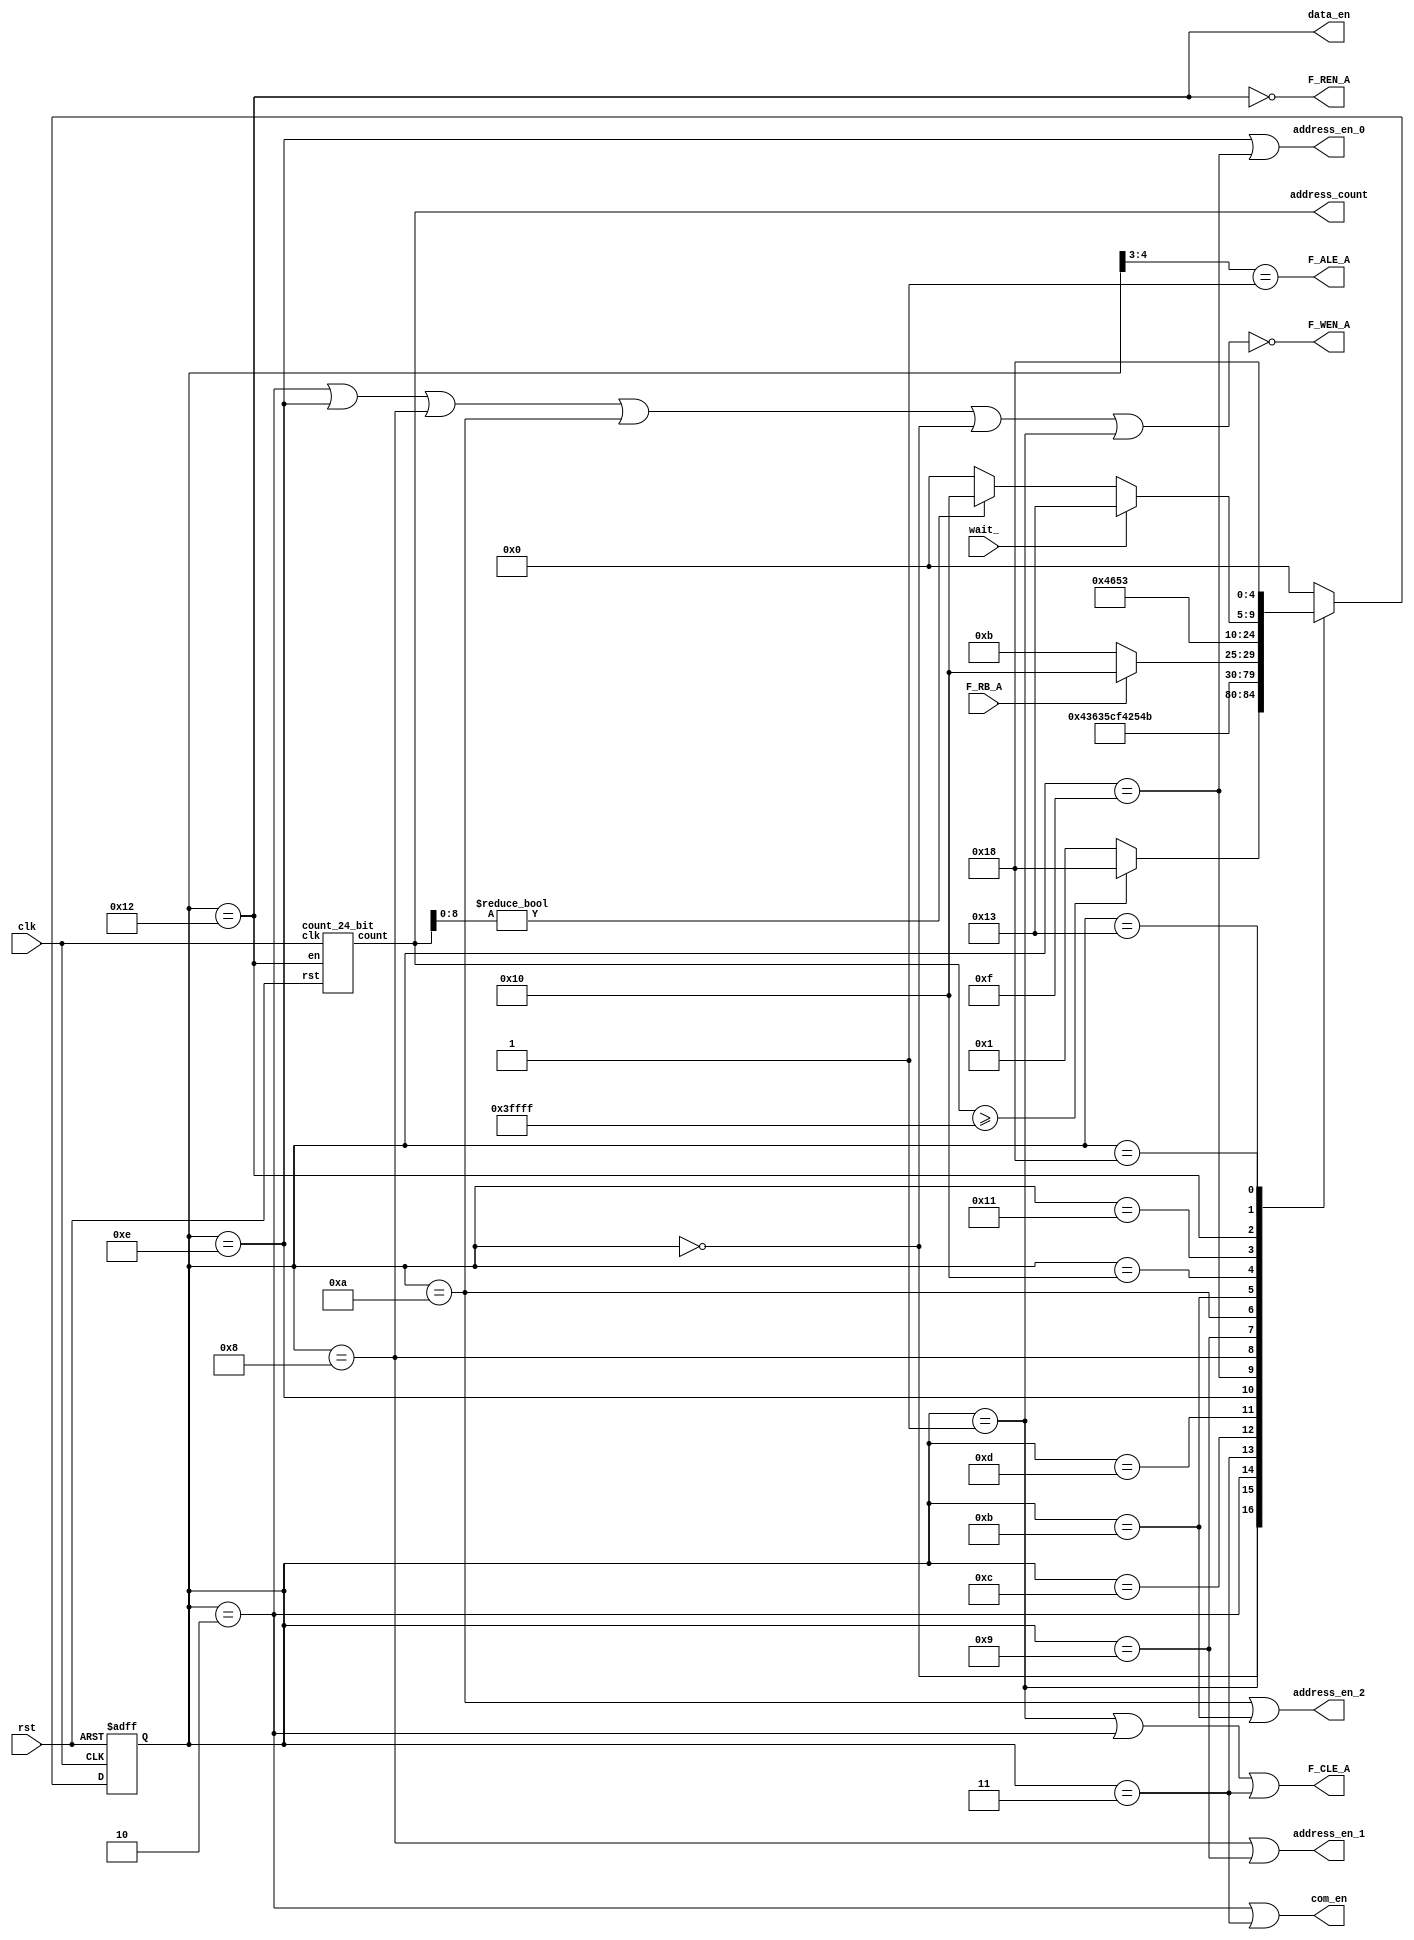
module Nnad_flash_reader_state_machine(
  input clk,
  input rst,
  input wait_,
  
  output F_CLE_A,
  output F_ALE_A,
  output F_REN_A,
  output F_WEN_A,
  output com_en,
  output address_en_0,
  output address_en_1,
  output address_en_2,
  output data_en,
  
  output [23:0]address_count,
  input  F_RB_A
 );
 reg [4:0]state,next;
 wire count_en;
 parameter idle=5'd0;
 parameter cmd_stage_1=5'b00001;
 parameter cmd_stage_2=5'b00010;
 parameter cmd_stage_3=5'b00011;
 
 parameter test =5'b00100;
 
 parameter ads_stage_1=5'b01100;
 parameter ads_stage_2=5'b01101;
 parameter ads_stage_3=5'b01110;
 parameter ads_stage_4=5'b01111;
 parameter ads_stage_5=5'b01000;
 parameter ads_stage_6=5'b01001;
 parameter ads_stage_7=5'b01010;
 parameter ads_stage_8=5'b01011;
 
 parameter dr_stage_1=5'b10000;
 parameter dr_stage_2=5'b10001;
 parameter dr_stage_3=5'b10010;
 parameter dr_stage_4=5'b10011;
 parameter fininsh=5'b11000;
 
 assign F_CLE_A=(state==cmd_stage_1)|(state==cmd_stage_2)|(state==cmd_stage_3);
 assign F_ALE_A=(state[4:3]==2'b01);
 assign F_WEN_A=!((state==cmd_stage_2)|(state==ads_stage_3)|(state==ads_stage_5)|(state==ads_stage_7)|(state==idle)|(state==cmd_stage_1));
 assign F_REN_A=!(state==dr_stage_3);
 
 assign count_en=!F_REN_A;
 assign com_en=(state==cmd_stage_2)|(state==cmd_stage_3);
 
 assign address_en_0=(state==ads_stage_3)|(state==ads_stage_4);
 assign address_en_1=(state==ads_stage_5)|(state==ads_stage_6);
 assign address_en_2=(state==ads_stage_7)|(state==ads_stage_8);
 assign data_en=(state==dr_stage_3);
 
 
 count_24_bit cnt (
 .clk(clk),
 .rst(rst),
 .count(address_count),
 .en(count_en)
 );
 always@(posedge clk,posedge rst)
 begin
	if(rst)
	state<=idle;
	else
	state<=next;
 end
 
 
 always@(*)
 begin
	case(state)
   idle	 	  :begin
					if(address_count>=24'h3ffff)
					next= fininsh;
					else
					next=cmd_stage_1;
					end
	cmd_stage_1:next=cmd_stage_2;
	cmd_stage_2:next=cmd_stage_3;
	cmd_stage_3:next=ads_stage_1;
	ads_stage_1:next=ads_stage_2;
	ads_stage_2:next=ads_stage_3;
	ads_stage_3:next=ads_stage_4;
	ads_stage_4:next=ads_stage_5;
	ads_stage_5:next=ads_stage_6;
	ads_stage_6:next=ads_stage_7;
	ads_stage_7:next= ads_stage_8;
	ads_stage_8:begin
					if(F_RB_A)
					next= dr_stage_1;
					else
					next= ads_stage_8;
					end
					
	dr_stage_1:next= dr_stage_2;
	dr_stage_2:next= dr_stage_3;
	dr_stage_3:next= dr_stage_4;
	dr_stage_4:begin
					if(wait_)
					next=dr_stage_4;
					else if(address_count[8:0]!=9'd0)
					next= dr_stage_1;
					else
					next= idle;
				  end
	fininsh :next=fininsh;
	default
	next=idle;
	endcase
	
 end
 
 
 endmodule
 
 module count_24_bit(
  input clk,
  input rst,
  input en,
  output reg [23:0]count
 );
  always@(posedge clk,posedge rst)
 begin
	if(rst)
	count<=24'd0;
	else if(en)
	count<=count+24'd1;
 end
 endmodule